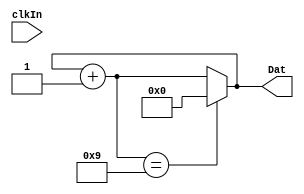
module ModNineCounter(clkIn,Dat);
	input clkIn;
	output [3:0]Dat;
	reg [3:0]count=4'b0000;
	
	always @(clkIn)
	begin
		count=count+4'b0001;
		if(count==4'b1001)
			count=4'b0000;
	end
	
	assign Dat=count;
endmodule
//---------------------------------------------------------------------------------------------------
module Main();
	reg clk,sigip;
	wire [3:0]value;
	
	initial begin
		$dumpfile("Exp09.vcd");
		$dumpvars;
		clk=1'b0;	
		$display("------------------------------------------");
		$display("        Mod 9 Counter\n");
		$display("Time\tClk\tOutput");
		$display("------------------------------------------");
		$monitor("%g\t%b\t%b",$time,clk,value);
		#30;
		$finish;
	end
	
	always begin
		#1 clk=~clk;
	end
	
	ModNineCounter m1(clk,value);
	
endmodule